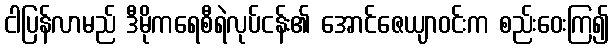
ငါပြန်လာမည် ဒီမိုကရေစီရဲလုပ်ငန်း၏ အောင်ဇေယျာဝင်းက စည်းဝေးကြ၍